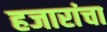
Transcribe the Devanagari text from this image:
हजारांचा